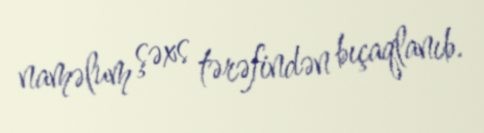
naməlum şəxs tərəfindən bıçaqlanıb.